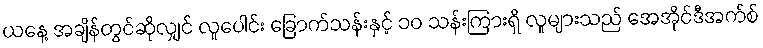
ယနေ့ အချိန်တွင်ဆိုလျှင် လူပေါင်း ခြောက်သန်းနှင့် ၁၀ သန်းကြားရှိ လူများသည် အေအိုင်ဒီအက်စ်